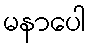
မနာပေါ